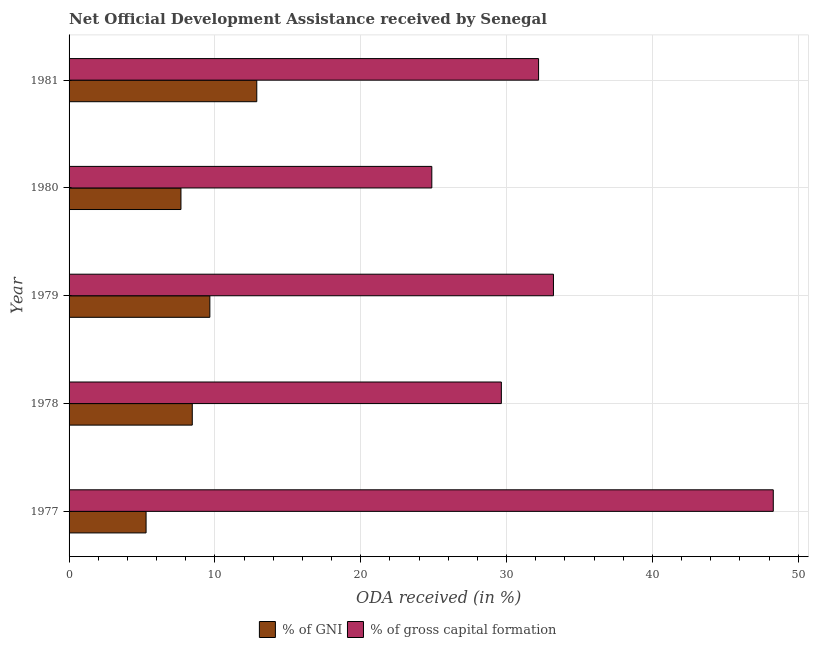
| Year | % of GNI | % of gross capital formation |
 | --- | --- | --- |
 | 1977 | 5.28 | 48.3 |
 | 1978 | 8.45 | 29.6 |
 | 1979 | 9.65 | 33.2 |
 | 1980 | 7.67 | 24.9 |
 | 1981 | 12.9 | 32.2 |